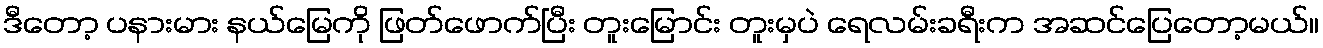
ဒီတော့ ပနားမား နယ်မြေကို ဖြတ်ဖောက်ပြီး တူးမြောင်း တူးမှပဲ ရေလမ်းခရီးက အဆင်ပြေတော့မယ်။